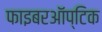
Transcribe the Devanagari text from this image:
फाइबरऑप्टिक